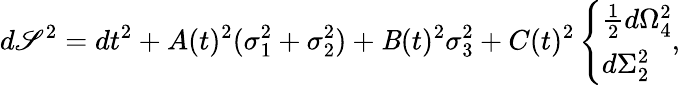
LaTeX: d\mathscr{S}^{2}=dt^{2}+A(t)^{2}(\sigma_{1}^{2}+\sigma_{2}^{2})+\mathit{B}(t)^{2}\sigma_{3}^{2}+C(t)^{2}\left\{ \begin{array}{l}{{{\frac{1}{2}}d\Omega_{4}^{2}}}\\ {{d\Sigma_{2}^{2}}}\end{array}\right.,